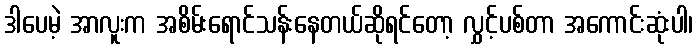
ဒါပေမဲ့ အာလူးက အစိမ်းရောင်သန်းနေတယ်ဆိုရင်တော့ လွှင့်ပစ်တာ အကောင်းဆုံးပါ၊